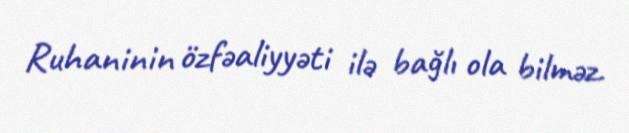
Ruhaninin özfəaliyyəti ilə bağlı ola bilməz.